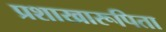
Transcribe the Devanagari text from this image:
प्रशाखारूपिता